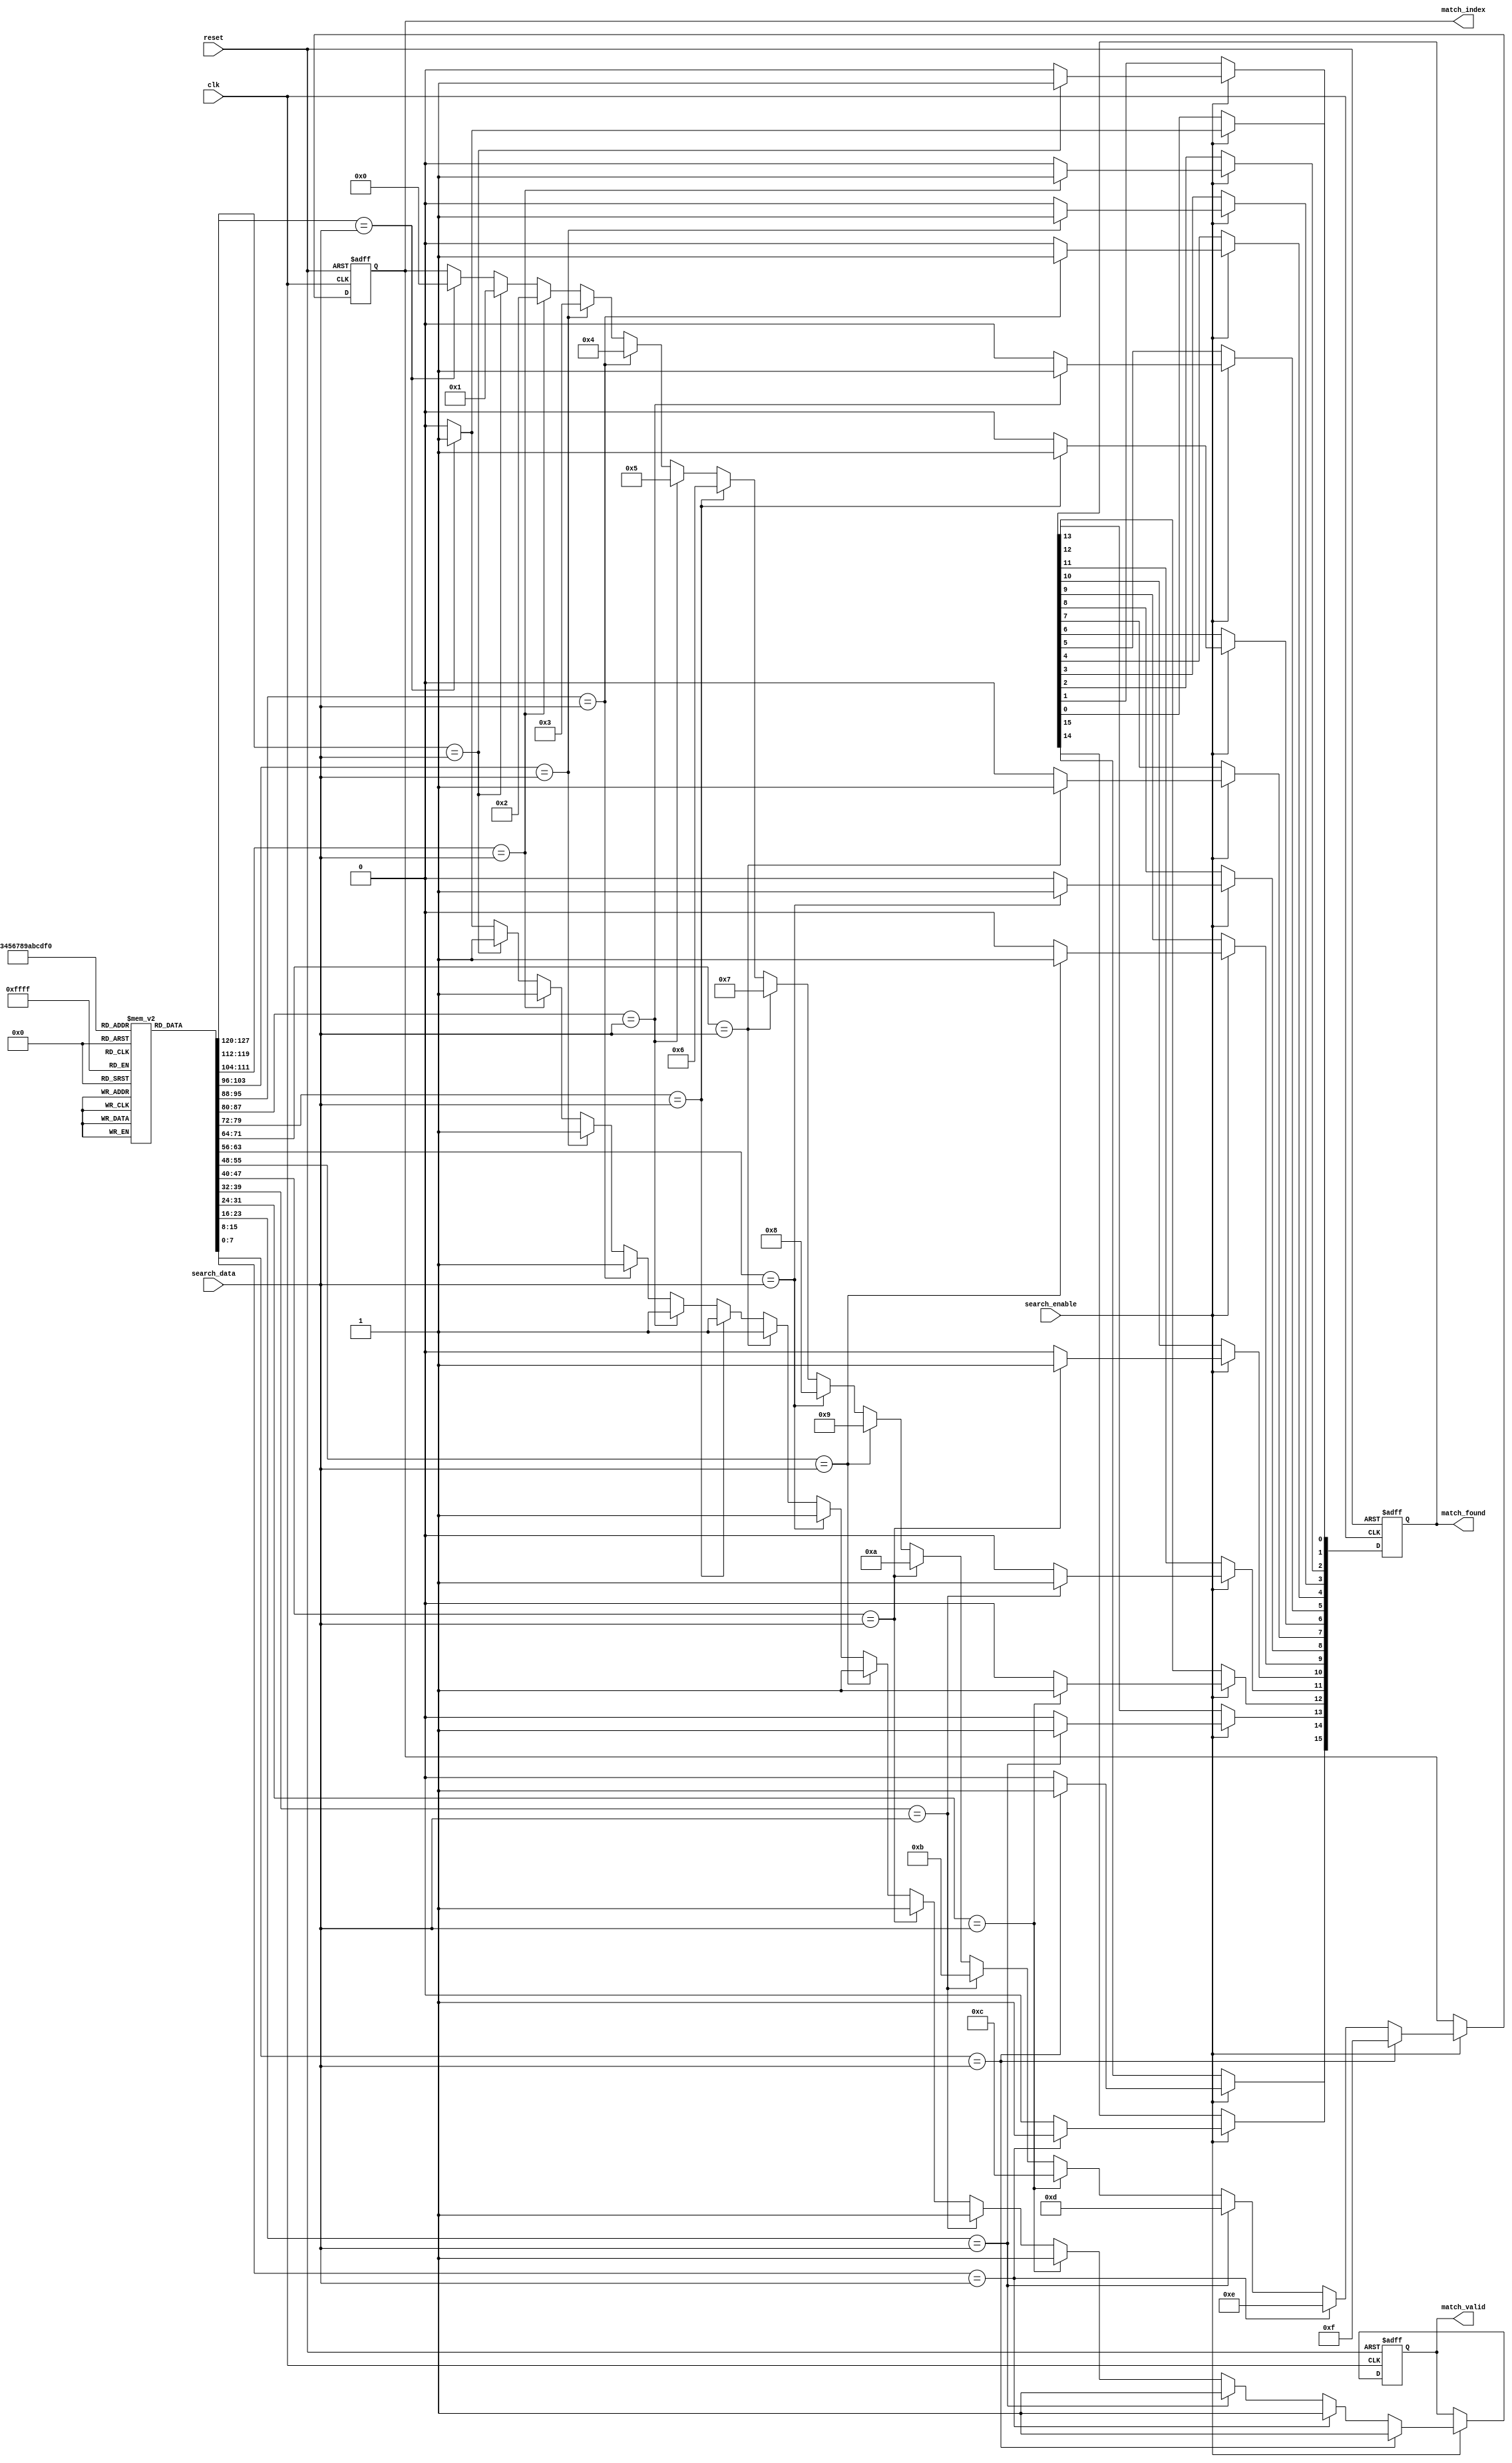
module SequentialCAM #(
    parameter DATA_WIDTH = 8,   // Width of each data entry
    parameter NUM_ENTRIES = 16   // Number of entries in the CAM
)(
    input wire clk,              // Clock signal
    input wire reset,            // Reset signal
    input wire [DATA_WIDTH-1:0] search_data, // Data to search
    input wire search_enable,     // Enable search signal
    output reg [NUM_ENTRIES-1:0] match_found, // Match output
    output reg [3:0] match_index, // Index of the first match found
    output reg match_valid        // Indicates if a valid match is found
);

    // Memory array to store CAM entries
    reg [DATA_WIDTH-1:0] cam_memory [0:NUM_ENTRIES-1];
    
    // Internal signals
    reg [NUM_ENTRIES-1:0] match_temp; // Temporary match storage
    integer i;

    // Initialization of CAM entries (for simulation purposes)
    initial begin
        // Example initialization (can be modified or loaded from external source)
        cam_memory[0] = 8'hAA;
        cam_memory[1] = 8'hBB;
        cam_memory[2] = 8'hCC;
        cam_memory[3] = 8'hDD;
        cam_memory[4] = 8'hEE;
        cam_memory[5] = 8'hFF;
        cam_memory[6] = 8'h00;
        cam_memory[7] = 8'h11;
        cam_memory[8] = 8'h22;
        cam_memory[9] = 8'h33;
        cam_memory[10] = 8'h44;
        cam_memory[11] = 8'h55;
        cam_memory[12] = 8'h66;
        cam_memory[13] = 8'h77;
        cam_memory[14] = 8'h88;
        cam_memory[15] = 8'h99;
    end

    // Search Logic
    always @(posedge clk or posedge reset) begin
        if (reset) begin
            match_found <= 0;
            match_index <= 0;
            match_valid <= 0;
        end else if (search_enable) begin
            match_found <= 0; // Clear previous matches
            match_valid <= 0; // Reset match valid signal
            
            // Compare search_data with each entry in CAM
            for (i = 0; i < NUM_ENTRIES; i = i + 1) begin
                if (cam_memory[i] == search_data) begin
                    match_found[i] <= 1; // Mark this entry as matched
                    match_valid <= 1; // Set valid match signal
                    match_index <= i; // Store the index of the first match
                end else begin
                    match_found[i] <= 0; // No match for this entry
                end
            end
        end
    end

endmodule